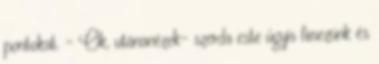
pontokat. - Ok, utánanézek- szerda este úgyis fimezünk és